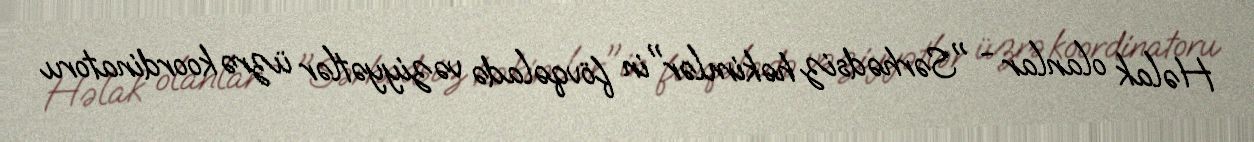
Həlak olanlar - "Sərhədsiz həkimlər"in fövqəladə vəziyyətlər üzrə koordinatoru